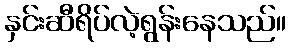
နှင်းဆီရိပ်လဲ့ရွန်းနေသည်။